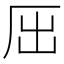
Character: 𠩉